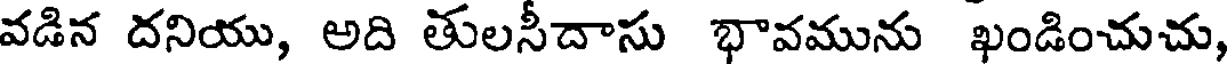
వడిన దనియు, అది తులసీదాసు భావమును ఖండించుచు,